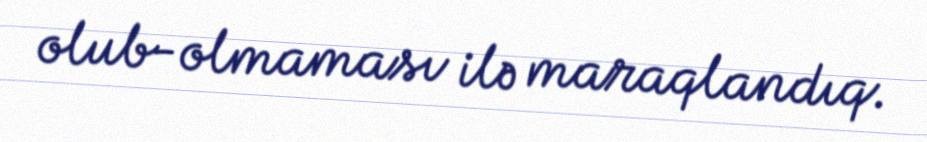
olub-olmaması ilə maraqlandıq.